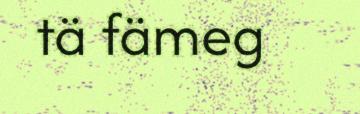
tä fämeg